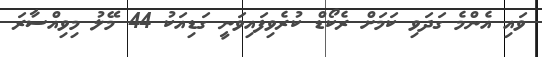
ވައި އެންމެ ގަދަވި ކަމަށް ރެކޯޑް ކުރެވިފައިވަނީ ގަޑިއަކު 44 މޭލު މިވިއްސާރަ